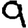
Digit: 9